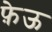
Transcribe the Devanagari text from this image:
फ़ेऊ